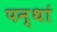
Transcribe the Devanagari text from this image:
पन्थां